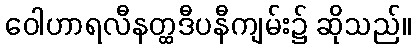
ဝေါဟာရလီနတ္ထဒီပနီကျမ်း၌ ဆိုသည်။